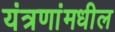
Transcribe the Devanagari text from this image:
यंत्रणांमधील